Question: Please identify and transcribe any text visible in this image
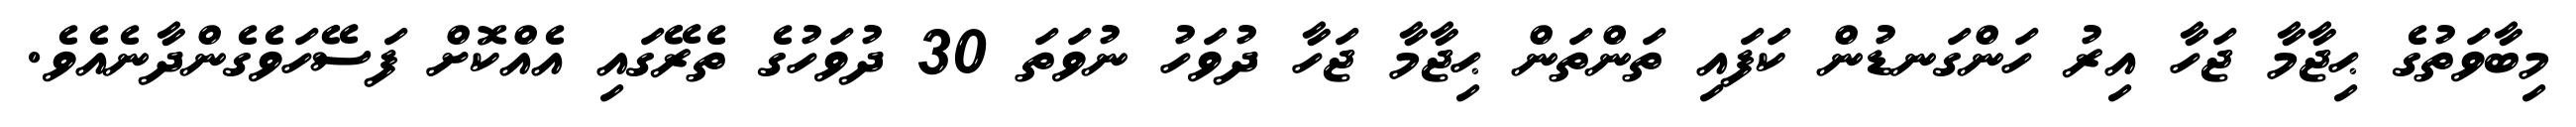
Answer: މިބާވަތުގެ ޙިޖާމާ ޖަހާ އިރު ހަންގަނޑުން ކަފައި ތަންތަން ޙިޖާމާ ޖަހާ ދުވަހު ނުވަތަ 30 ދުވަހުގެ ތެރޭގައި އެއްކޮށް ފަސޭހަވެގެންދާނެއެވެ.